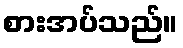
စားအပ်သည်။